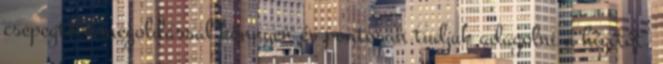
csepegtető megoldással könnyen és pontosan tudjuk adagolni a hígítót.